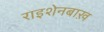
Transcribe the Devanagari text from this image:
राइशेनबाख़